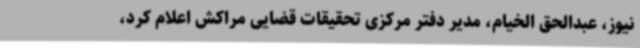
نیوز، عبدالحق الخیام، مدیر دفتر مرکزی تحقیقات قضایی مراکش اعلام کرد،